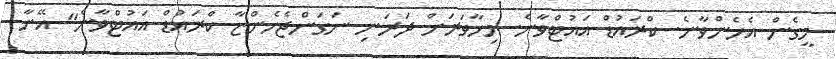
މީގެން އެހެންވާނެ. ކްރައުޑް އައުޓްވާނެ. މިހާވަރަށް ދަރަނި ނަގަންޖެހެންޏާ ކްރައުޑް އައުޓްވާނެ" އޭނާ